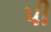
પી